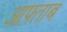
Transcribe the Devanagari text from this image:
आफ़्ताब